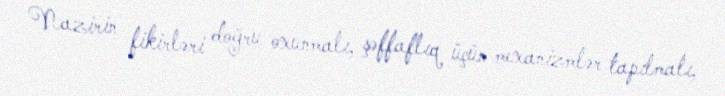
Nazirin fikirləri doğru oxunmalı, şəffaflıq üçün mexanizmlər tapılmalı,